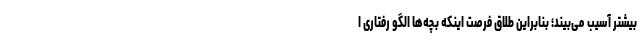
بیشتر آسیب می‌بیند؛ بنابراین طلاق فرصت اینکه بچه‌ها الگو رفتاری ا